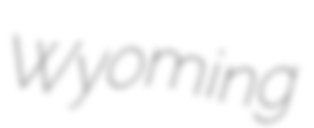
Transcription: Wyoming